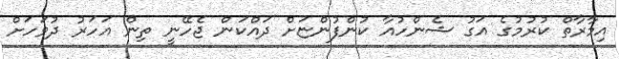
އިމާރާތް ކުރުމުގެ އަގު ޝެންހުއާ ކުންފުންޏަށް ދައްކަން ޖެހޭނީ ތިން އަހަރު ދުވަހަށް